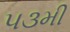
૫૩મી